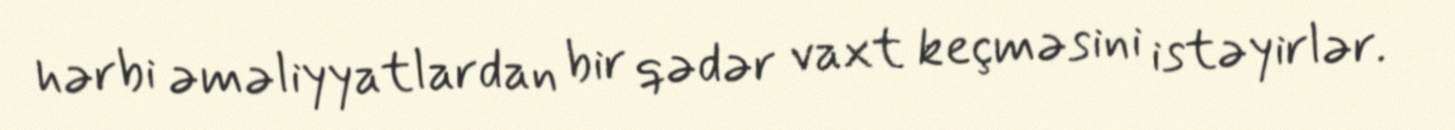
hərbi əməliyyatlardan bir qədər vaxt keçməsini istəyirlər.